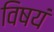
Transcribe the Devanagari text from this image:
विषयं